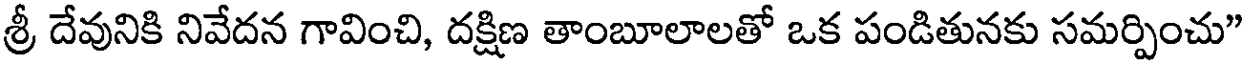
శ్రీ దేవునికి నివేదన గావించి, దక్షిణ తాంబూలాలతో ఒక పండితునకు సమర్పించు"